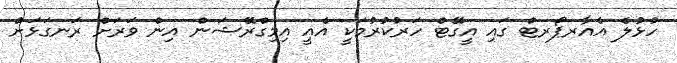
ހުޅުލެ އެއާރޕޯރޓް ގައި އީގޭޓް ހަރުކުރުމަކީ އެއީ އިމިގްރޭޝަން އިން ވަރަށް ރަނގަޅަށް